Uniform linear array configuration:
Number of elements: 16
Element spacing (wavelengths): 0.75
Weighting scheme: binomial
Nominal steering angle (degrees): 60
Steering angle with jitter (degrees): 61.47
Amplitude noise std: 0.05
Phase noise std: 0.05

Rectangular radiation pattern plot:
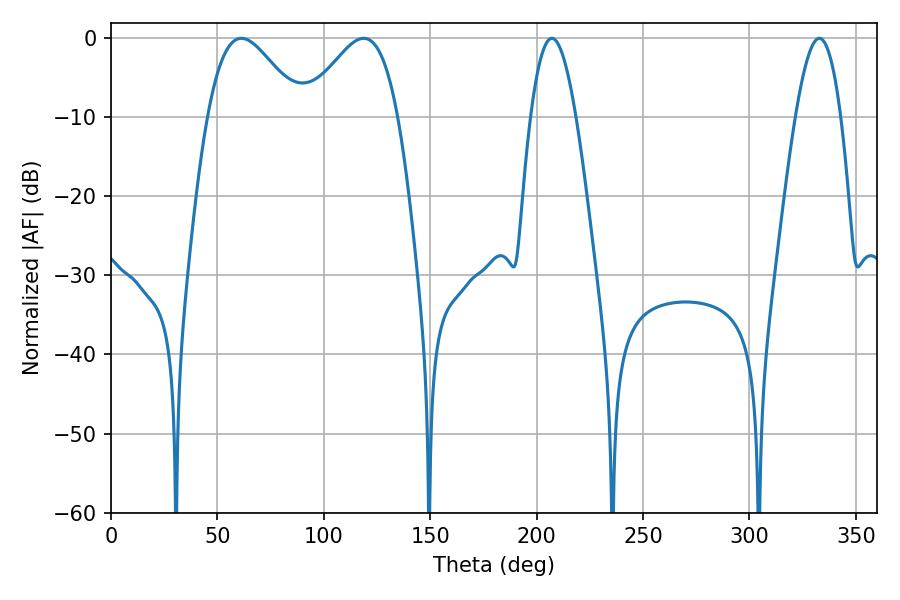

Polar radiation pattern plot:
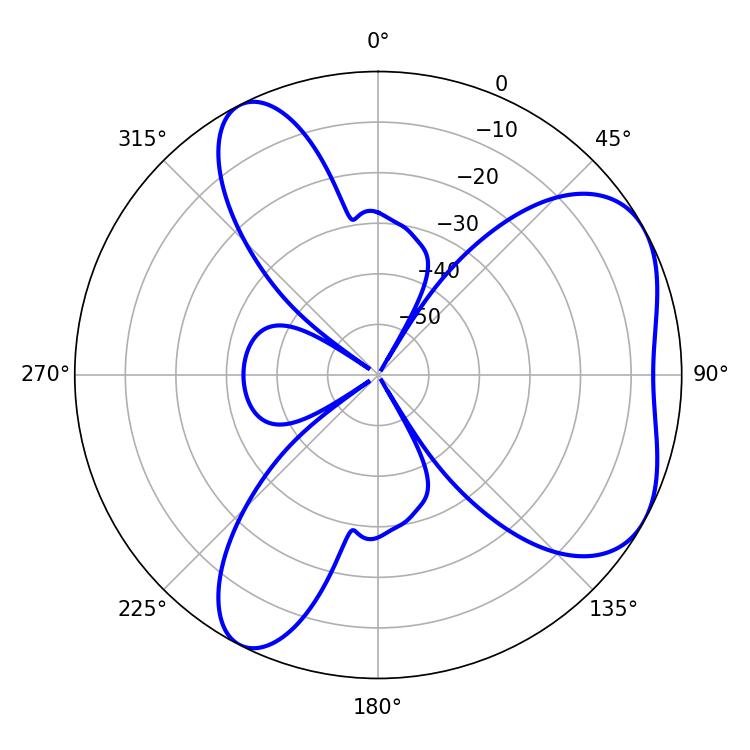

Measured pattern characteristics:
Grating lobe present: TRUE
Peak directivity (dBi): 5.182
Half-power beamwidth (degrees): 11.52
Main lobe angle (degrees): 207.18